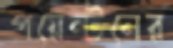
পয়েন্টনের